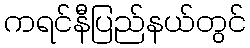
ကရင်နီပြည်နယ်တွင်